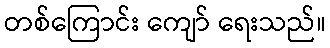
တစ်ကြောင်း ကျော် ရေးသည်။